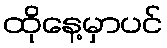
ထိုနေ့မှာပင်